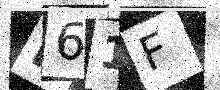
Text: I61F